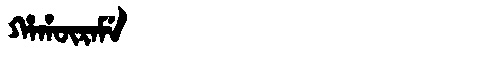
Manchu: ᡥᠠᡥᡡᡵᠠᠮᡝ
Romanization: HAHŪRAME